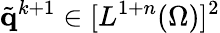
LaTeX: \tilde{\mathbf{q}}^{k+1}\in[L^{1+n}(\Omega)]^{2}